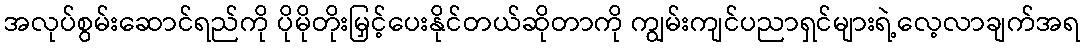
အလုပ်စွမ်းဆောင်ရည်ကို ပိုမိုတိုးမြှင့်ပေးနိုင်တယ်ဆိုတာကို ကျွမ်းကျင်ပညာရှင်များရဲ့လေ့လာချက်အရ